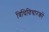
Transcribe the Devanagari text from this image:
विधिविचारकों